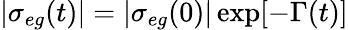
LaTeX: |\sigma_{eg}(t)|=|\sigma_{eg}(0)|\exp[-\Gamma(t)]